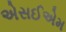
એસઈએમ